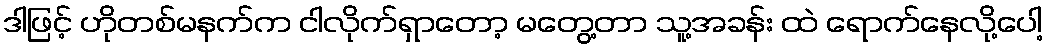
ဒါဖြင့် ဟိုတစ်မနက်က ငါလိုက်ရှာတော့ မတွေ့တာ သူ့အခန်း ထဲ ရောက်နေလို့ပေါ့